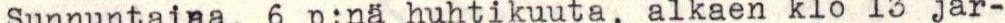
Sunnuntaina, 6 p:nä huhtikuuta, alkaen klo l3 jär-